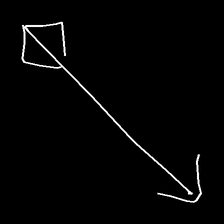
Glyph: focus